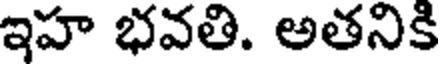
ఇహ భవతి. అతనికి